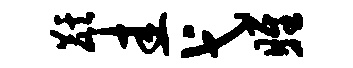
麒圭弋雎